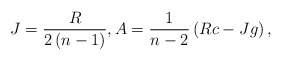
\begin{align*}J=\frac{R}{2\left( n-1\right) },A=\frac{1}{n-2}\left( Rc-Jg\right) ,\end{align*}